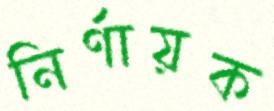
নির্ণায়ক